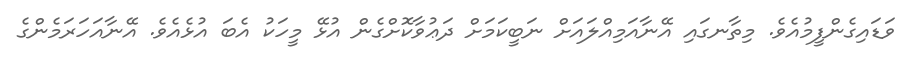
ވަޑައިގެންފީމުއެވެ. މިތާނގައި އޭނާއަމިއްލައަށް ނަބީކަމަށް ދަޢުވާކޮށްގެން އުޅޭ މީހަކު އެބަ އުޅެއެވެ. އޭނާއަހަރަމެންގެ